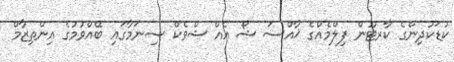
ކުޑަކުދިންގެ ކާރޓޫން ފިލްމެއްގެ ޚާއްސަ ޝޯ އެއް ޝްވެކް ސިނަމާގައި ބޭއްވުމުގެ އިންތިޒާމް